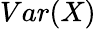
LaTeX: Var(X)